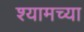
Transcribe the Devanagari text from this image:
श्यामच्या